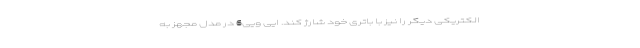
الکتریکی دیگر را نیز با باتری خود شارژ کند. ایی ویی6 در مدل مجهز به